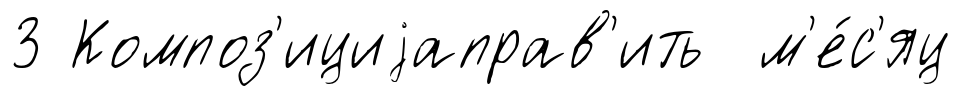
3 Композ'ициjаправ'ить м'е́с'яц